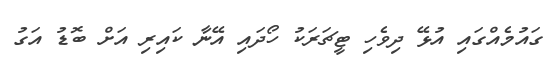
ގައުމެއްގައި އުޅޭ ދިވެހި ޓީޗަރަކު ހޯދައި އޭނާ ކައިރި އަށް ބޮޑު އަގު